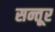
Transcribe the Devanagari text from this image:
सन्तूर